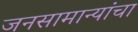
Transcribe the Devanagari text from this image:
जनसामान्यांचा